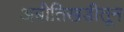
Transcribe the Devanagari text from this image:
अबीतिखडीतून